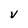
Character: V